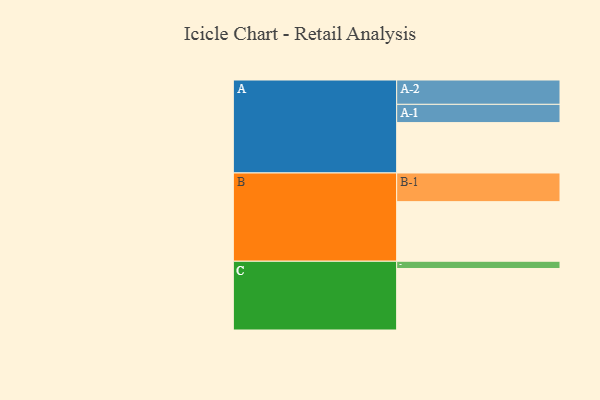
{"axis": {"x": "Segment", "y": "Value"}, "legend": ["", "A", "B", "C"], "data": [{"x": "A", "y": 416, "type": ""}, {"x": "B", "y": 492, "type": ""}, {"x": "C", "y": 508, "type": ""}, {"x": "A-1", "y": 151, "type": "A"}, {"x": "A-2", "y": 201, "type": "A"}, {"x": "B-1", "y": 237, "type": "B"}, {"x": "C-1", "y": 60, "type": "C"}]}